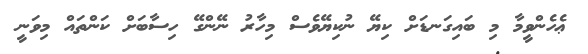
ޢެހެންވީމާ މި ބައިގަނޑަށް ކިޔޭ ނުކިޔޭވެސް މިހާރު ނޭންގޭ ހިސާބަށް ކަންތައް މިވަނީ